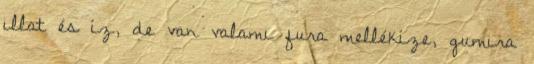
illat és íz, de van valami fura mellékíze, gumira